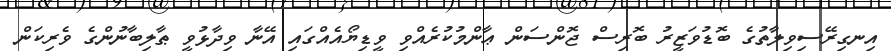
އިނގިރޭސިވިލާތުގެ ބޮޑުވަޒީރު ބޮރިސް ޖޮންސަން ޢާންމުކުރެއްވި ވީޑިޔޯއެއްގައި އޭނާ ވިދާޅުވީ ޠާލިބާނުންގެ ވެރިކަން